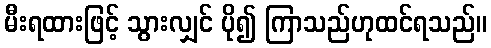
မီးရထားဖြင့် သွားလျှင် ပို၍ ကြာသည်ဟုထင်ရသည်။